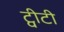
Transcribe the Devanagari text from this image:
ट्वीटी